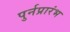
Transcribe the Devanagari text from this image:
पुर्नप्रारंभ